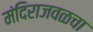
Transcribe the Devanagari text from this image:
मंदिराजवळचा